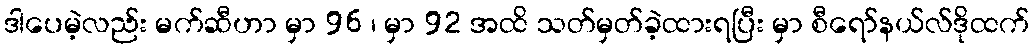
ဒါပေမဲ့လည်း မက်ဆီဟာ မှာ 96 ၊ မှာ 92 အထိ သတ်မှတ်ခဲ့ထားရပြီး မှာ စီရော်နယ်လ်ဒိုထက်